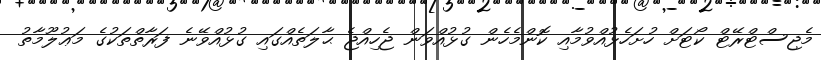
މެޖިސްޓްރޭޓް ކޯޓަށް ހުށަހެޅުއްވުމާއި ކޮންމެހެން ގުޅުއްވަން ޖެހިއްޖެ ޙާލަތެއްގައި ގުޅުއްވޭނެ ފަރާތްތަކުގެ މަޢުލޫމާތު